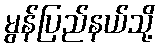
မွန်ပြည်နယ်သို့